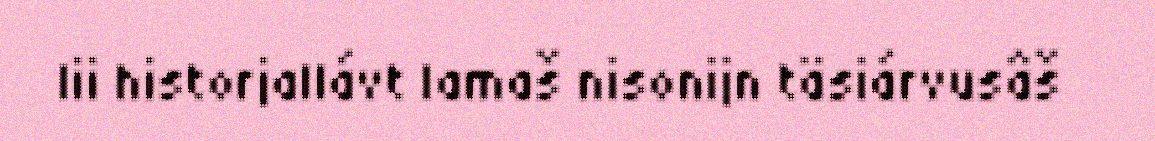
lii historjallávt lamaš nisonijn täsiárvusâš